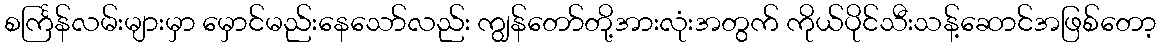
စင်္ကြန်လမ်းများမှာ မှောင်မည်းနေသော်လည်း ကျွန်တော်တို့အားလုံးအတွက် ကိုယ်ပိုင်သီးသန့်ဆောင်အဖြစ်တော့